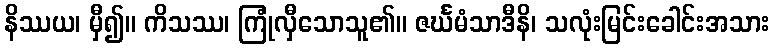
နိဿယ၊ မှီ၍။ ကိသဿ၊ ကြုံလှီသောသူ၏။ ဇင်္ဃမံသာဒီနိ၊ သလုံးမြင်းခေါင်းအသား